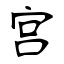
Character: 宫